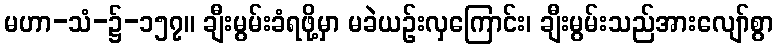
မဟာ-သံ-၌-၁၅၇။ ချီးမွမ်းခံရဖို့မှာ မခဲယဉ်းလှကြောင်း၊ ချီးမွမ်းသည်အားလျော်စွာ